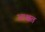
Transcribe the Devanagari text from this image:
आश्वत